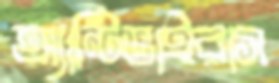
অ্যান্টিভাইরাস